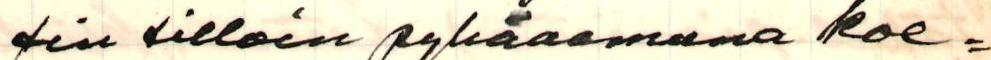
sin silloin pyhäaamuna koe=